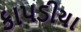
કાપડીયા